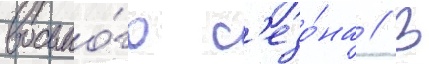
восьмо́го с'езо́на // В